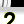
Digit: 2